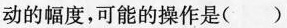
动的幅度,可能的操作是（ ）